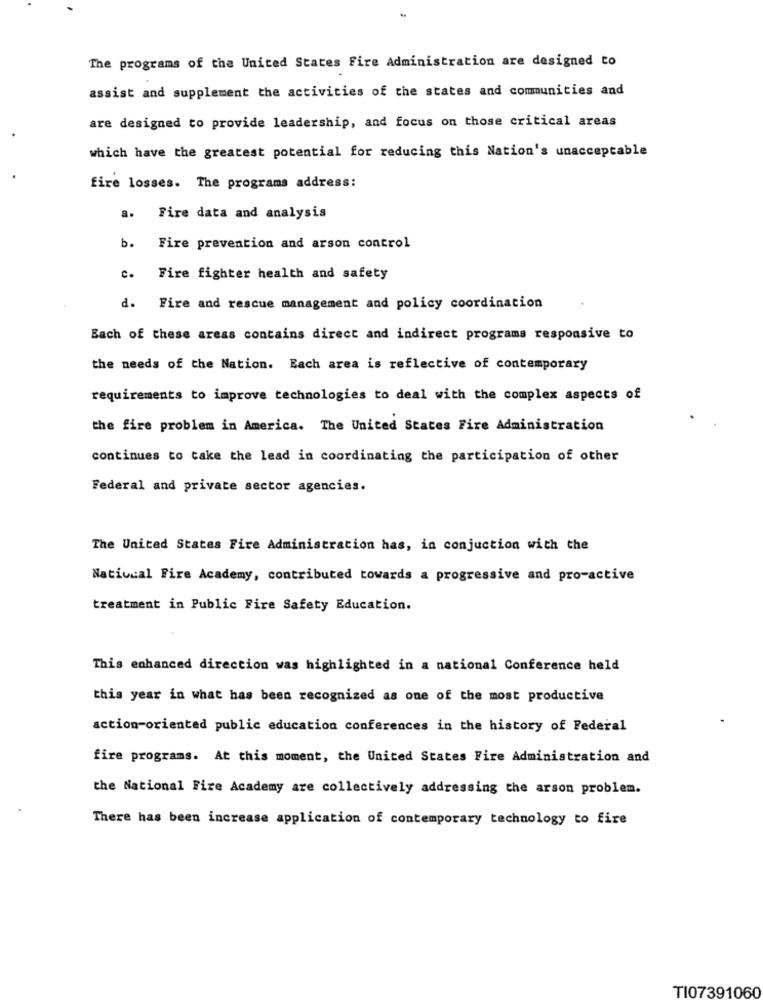
The programs of the United States Fire Administration are designed to
assist and supplement the activities of the states and communities and
are designed to provide leadership, and focus on those critical areas
which have the greatest potential for reducing this Nation's unacceptable
fire losses. The programs address:
a. Fire data and analysis
b. Fire prevention and arson control
c. Fire fighter health and safety
d. Fire and rescue management and policy coordination
Each of these areas contains direct and indirect programs responsive to
the needs of the Nation. Each area is reflective of contemporary
requirements to improve technologies to deal with the complex aspects of
the fire problem in America. The United States Fire Administration
continues to take the lead in coordinating the participation of other
Federal and private sector agencies.
The United States Fire Administration has, in conjuction with the
National Fire Academy, contributed towards a progressive and pro-active
treatment in Public Fire Safety Education.
This enhanced direction was highlighted in a national Conference held
this year in what has been recognized as one of the most productive
action-oriented public education conferences in the history of Federal
fire programs. At this moment, the United States Fire Administration and
the National Fire Academy are collectively addressing the arson problem.
There has been increase application of contemporary technology to fire
TI07391060